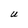
Character: U